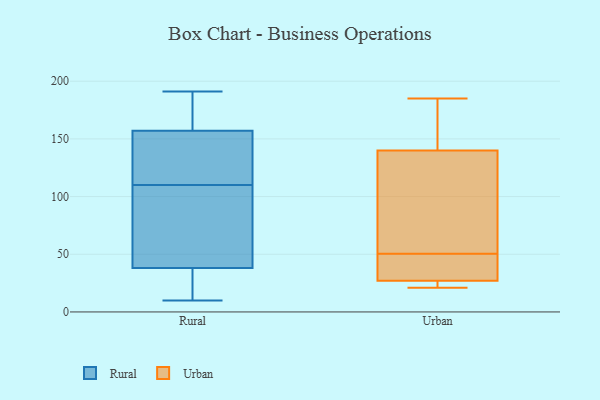
{"axis": {"x": "Energy Usage (MWh)", "y": "Value"}, "legend": ["Rural", "Urban"], "data": [{"x": "", "y": 136, "type": "Rural"}, {"x": "", "y": 157, "type": "Rural"}, {"x": "", "y": 86, "type": "Rural"}, {"x": "", "y": 134, "type": "Rural"}, {"x": "", "y": 191, "type": "Rural"}, {"x": "", "y": 16, "type": "Rural"}, {"x": "", "y": 160, "type": "Rural"}, {"x": "", "y": 86, "type": "Rural"}, {"x": "", "y": 10, "type": "Rural"}, {"x": "", "y": 38, "type": "Rural"}, {"x": "", "y": 185, "type": "Urban"}, {"x": "", "y": 27, "type": "Urban"}, {"x": "", "y": 21, "type": "Urban"}, {"x": "", "y": 142, "type": "Urban"}, {"x": "", "y": 29, "type": "Urban"}, {"x": "", "y": 72, "type": "Urban"}, {"x": "", "y": 27, "type": "Urban"}, {"x": "", "y": 27, "type": "Urban"}, {"x": "", "y": 140, "type": "Urban"}, {"x": "", "y": 109, "type": "Urban"}]}